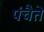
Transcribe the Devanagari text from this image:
पंचैते